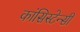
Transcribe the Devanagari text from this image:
कांसिस्टेन्सी